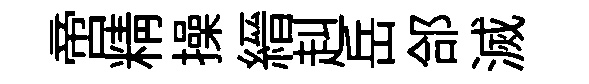
啻精操縉赳岳郃滅